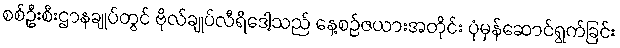
စစ်ဦးစီးဌာနချုပ်တွင် ဗိုလ်ချုပ်လီရီဒေါ့သည် နေ့စဉ်ဇယားအတိုင်း ပုံမှန်ဆောင်ရွက်ခြင်း